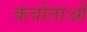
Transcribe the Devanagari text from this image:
कवोताओं